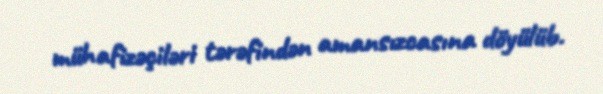
mühafizəçiləri tərəfindən amansızcasına döyülüb.